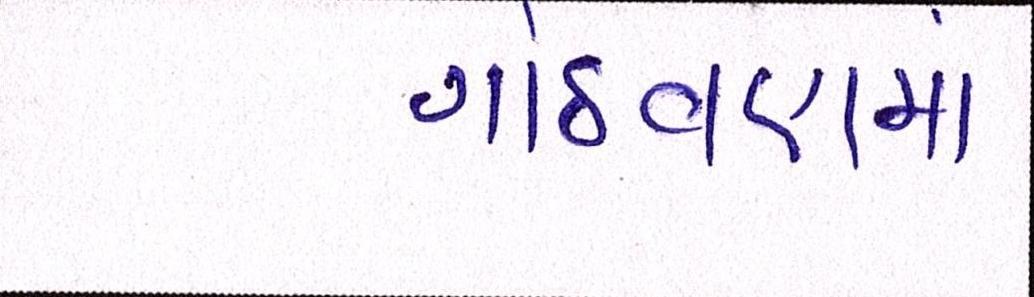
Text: ગોઠવણમાં